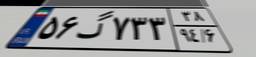
۸۴گ۶۹۴۰۱